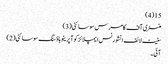
15(4)
منسٹری آف کامرس سوسائٹی(3)
سٹیٹ لائف انشورنس ایمپلائز کوآپریٹو ہاؤسنگ سوسائٹی(2)
آئی ۔